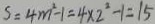
S = 4 m ^ { 2 } - 1 = 4 \times 2 ^ { 2 } - 1 = 1 5